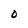
Character: O